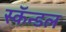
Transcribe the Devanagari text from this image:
स्कॅन्डल